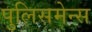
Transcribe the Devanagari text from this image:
पुलिसमेन्स